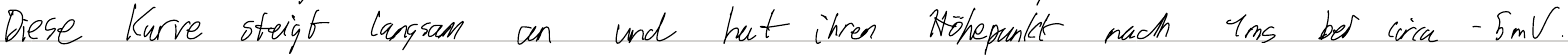
Diese Kurve steigt langsam an und hat ihren Höhepunkt nach 1ms bei circa -5mV.